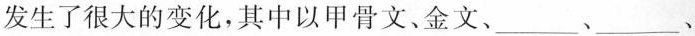
发生了很大的变化，其中以甲骨文、金文、_________、______、